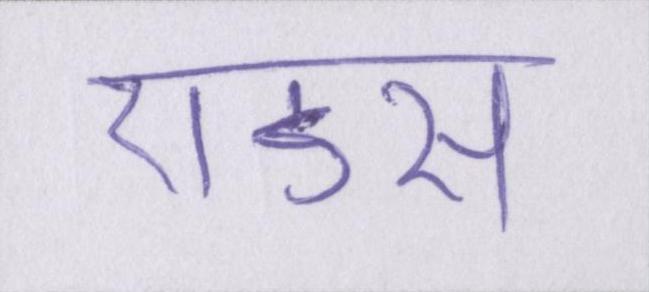
एडस